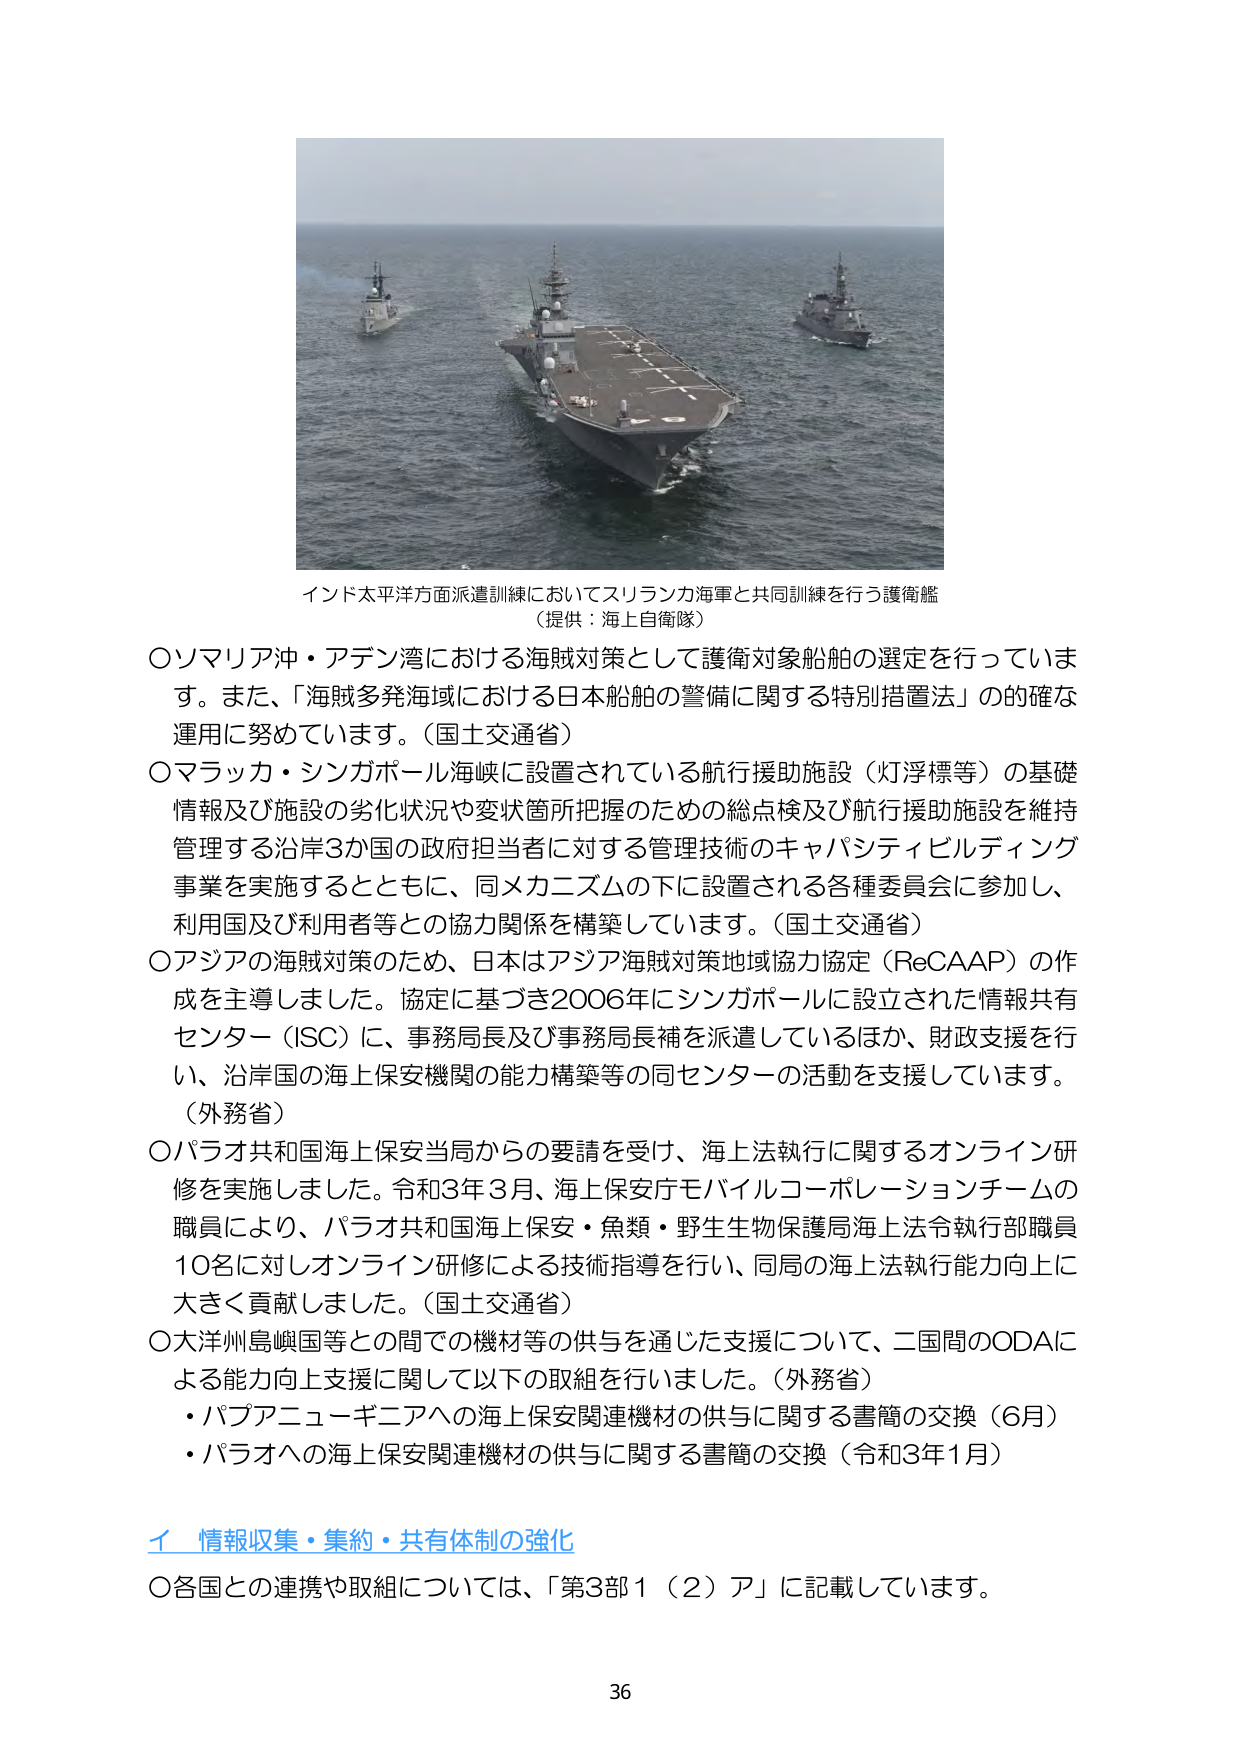
インド太平洋方面派遣訓練においてスリランカ海軍と共同訓練を行う護衛艦
（提供：海上自衛隊）

〇ソマリア沖・アデン湾における海賊対策として護衛対象船舶の選定を行っています。また、「海賊多発海域における日本船舶の警備に関する特別措置法」の的確な運用に努めています。（国土交通省）

〇マラッカ・シンガポール海峡に設置されている航行援助施設（灯浮標等）の基礎情報及び施設の劣化状況や変状箇所把握のための総点検及び航行援助施設を維持管理する沿岸3か国の政府担当者に対する管理技術のキャパシティビルディング事業を実施するとともに、同メカニズムの下に設置される各種委員会に参加し、利用国及び利用者等との協力関係を構築しています。（国土交通省）

〇アジアの海賊対策のため、日本はアジア海賊対策地域協力協定（ReCAAP）の作成を主導しました。協定に基づき2006年にシンガポールに設立された情報共有センター（ISC）に、事務局長及び事務局長補を派遣しているほか、財政支援を行い、沿岸国の海上保安機関の能力構築等の同センターの活動を支援しています。（外務省）

〇パラオ共和国海上保安当局からの要請を受け、海上法執行に関するオンライン研修を実施しました。令和3年3月、海上保安庁モバイルコーポレーションチームの職員により、パラオ共和国海上保安・魚類・野生生物保護局海上法令執行部職員10名に対しオンライン研修による技術指導を行い、同局の海上法執行能力向上に大きく貢献しました。（国土交通省）

〇大洋州島嶼国等との間での機材等の供与を通じた支援について、二国間のODAによる能力向上支援に関して以下の取組を行いました。（外務省）
・パプアニューギニアへの海上保安関連機材の供与に関する書簡の交換（6月）
・パラオへの海上保安関連機材の供与に関する書簡の交換（令和3年1月）

イ 情報収集・集約・共有体制の強化
〇各国との連携や取組については、「第3部1（2）ア」に記載しています。

36